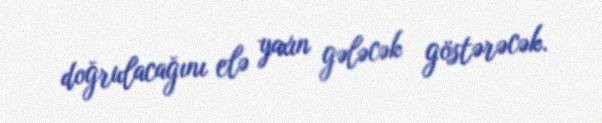
doğrulacağını elə yaxın gələcək göstərəcək.